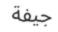
جيفة